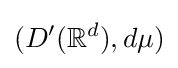
(D'(\mathbb {R} ^{d}),d\mu )